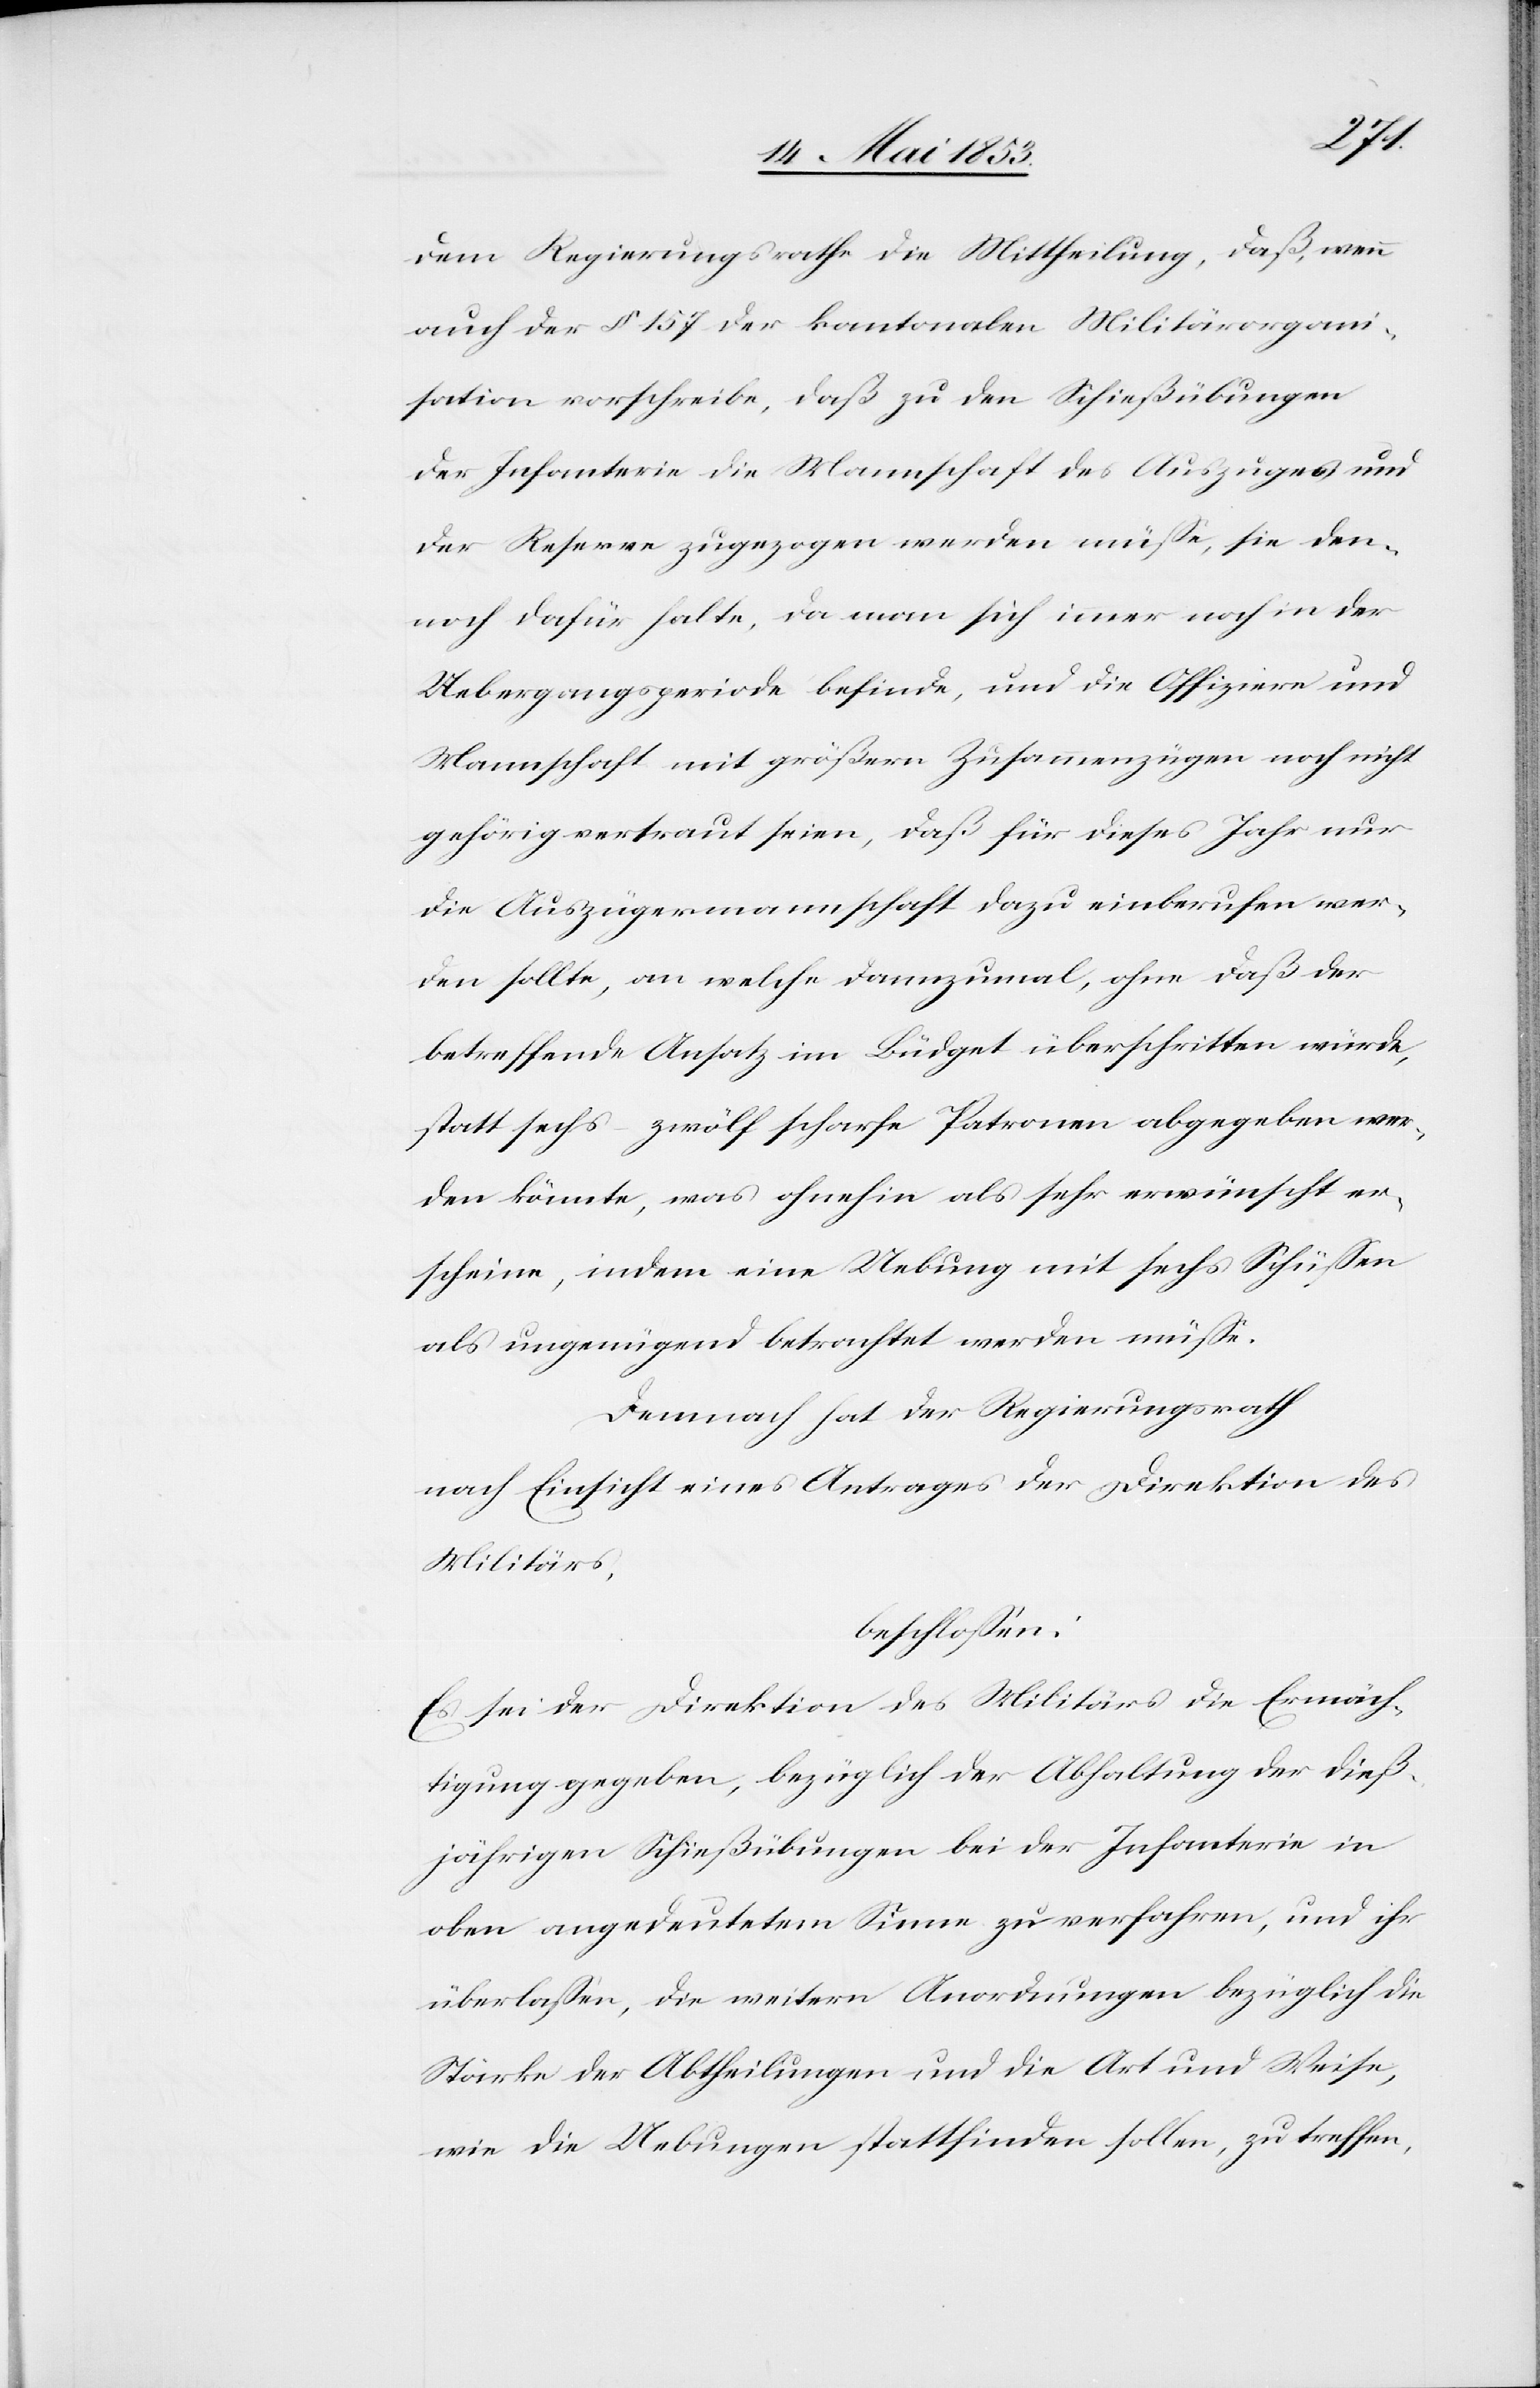
dem Regierungsrathe die Mittheilung, daß wenn
auch der § 157 der kantonalen Militärorgani¬
sation vorschreibe, daß zu den Schießübungen
der Infanterie die Mannschaft des Auszuges und
der Reserve zugezogen werden müße, sie den¬
noch dafür halte, da man sich immer noch in der
Uebergangsperiode befinde, und die Offiziere und
Mannschaft mit größern Zusammenzügen noch nicht
gehörig vertraut seien, daß für dieses Jahr nur
die Auszügermannschaft dazu einberufen wer¬
den sollte, an welche dannzumal, ohne daß der
betreffende Ansatz im Büdget überschritten würde,
statt sechs – zwölf scharfe Patronen abgegeben wer¬
den könnte, was ohnehin als sehr erwünscht er¬
scheine, indem eine Uebung mit sechs Schüßen
als ungenügend betrachtet werden müße.
Demnach hat der Regierungsrath
nach Einsicht eines Antrages der Direktion des
Militäs,
beschloßen:
Es sei der Direktion des Militärs die Ermäch¬
tigung gegeben, bezüglich der Abhaltung der dieß¬
jährigen Schießübungen bei der Infanterie in
oben angedeutetem Sinne zu verfahren, und ihr
überlaßen, die weitern Anordnungen bezüglich die
Stärke der Abtheilungen und die Art und Weise,
wie die Uebungen stattfinden sollen, zu treffen,